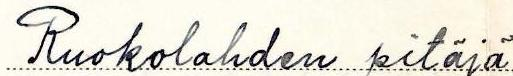
Ruokolahden pitäjä